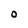
Character: O